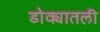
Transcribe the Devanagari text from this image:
डोक्यातली